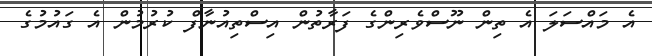
އެ މައްސަލަ އެ ތިން ނޫސްވެރިންގެ ފަރާތުން އިސްތިއުނާފް ކުރުމުން އެ ގައުމުގެ